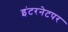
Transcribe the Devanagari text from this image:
इंटरनेटपर